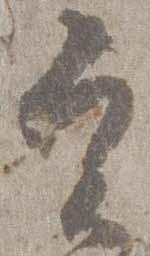
実